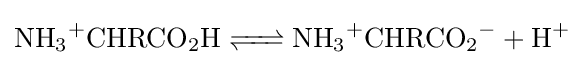
{\ce {NH3+CHRCO2H <=> NH3+CHRCO2- + H+}}